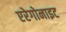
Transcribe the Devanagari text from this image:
एरेगोनाइट